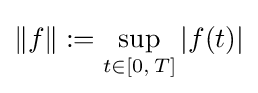
\|f\|:=\sup _{t\in [0,\,T]}|f(t)|